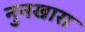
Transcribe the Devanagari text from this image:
नुनखारा